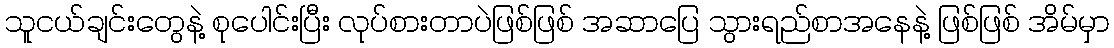
သူငယ်ချင်းတွေနဲ့ စုပေါင်းပြီး လုပ်စားတာပဲဖြစ်ဖြစ် အဆာပြေ သွားရည်စာအနေနဲ့ ဖြစ်ဖြစ် အိမ်မှာ